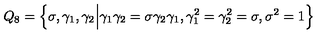
Q _ { 8 } = \Big \{ \sigma , \gamma _ { 1 } , \gamma _ { 2 } \Big | \gamma _ { 1 } \gamma _ { 2 } = \sigma \gamma _ { 2 } \gamma _ { 1 } , \gamma _ { 1 } ^ { 2 } = \gamma _ { 2 } ^ { 2 } = \sigma , \sigma ^ { 2 } = 1 \Big \}